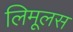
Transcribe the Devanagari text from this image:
लिमूलस